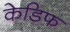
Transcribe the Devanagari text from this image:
केडिफ